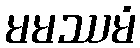
မမဿမံ